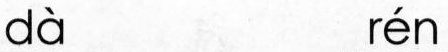
dà rén